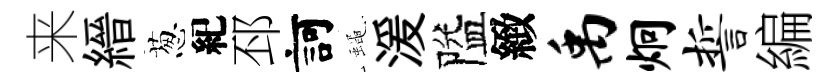
来縉葱紀邳訶蠅湲隘緻禹炯誓編